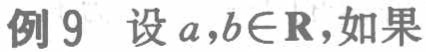
例9 设 \(a,b\in\mathbf{R}\),如果